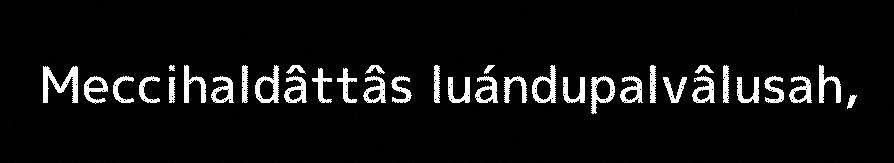
Meccihaldâttâs luándupalvâlusah,